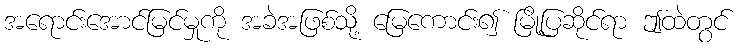
အရောင်းအောင်မြင်မှုကို အခဲအဖြစ်သို့ မြေကောင်း၍ မြို့ပြဆိုင်ရာ ဤထဲတွင်